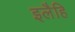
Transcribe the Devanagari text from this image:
इलैहि